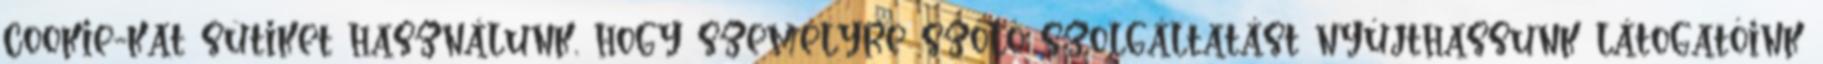
cookie-kat sütiket használunk, hogy személyre szóló szolgáltatást nyújthassunk látogatóink